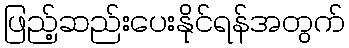
ဖြည့်ဆည်းပေးနိုင်ရန်အတွက်